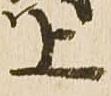
上